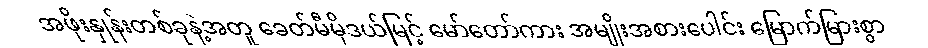
အဖိုးနှုန်းတစ်ခုနဲ့အတူ ခေတ်မီမိုဒယ်မြင့် မော်တော်ကား အမျိုးအစားပေါင်း မြောက်မြားစွာ